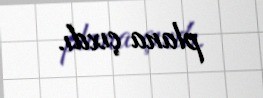
plana çıxdı.